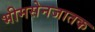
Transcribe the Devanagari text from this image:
भीमसेनजातक